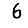
Digit: 6